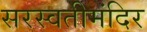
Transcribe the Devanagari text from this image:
सरस्वतीमंदिर